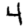
Digit: 4